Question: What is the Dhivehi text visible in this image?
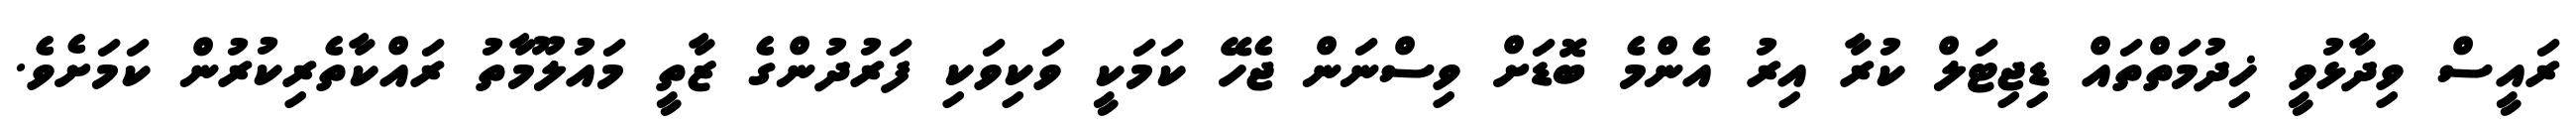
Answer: ރައީސް ވިދާޅުވީ ޚިދުމަތްތައް ޑިޖިޓަލް ކުރާ އިރު އެންމެ ބޮޑަށް ވިސްނަން ޖެހޭ ކަމަކީ ވަކިވަކި ފަރުދުންގެ ޒާތީ މައުލޫމާތު ރައްކާތެރިކުރުން ކަމަށެވެ.